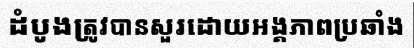
ដំបូងត្រូវបានសួរដោយអង្គភាពប្រឆាំង